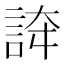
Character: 𧧳